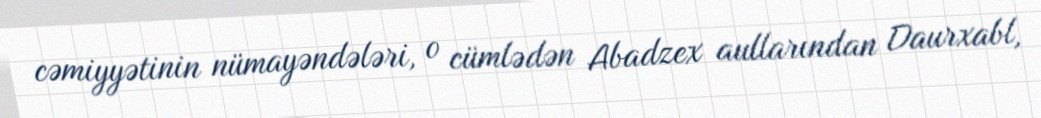
cəmiyyətinin nümayəndələri, o cümlədən Abadzex aullarından Daurxabl,